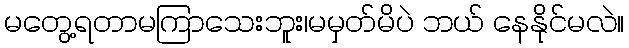
မတွေ့ရတာမကြာသေးဘူး၊မမှတ်မိပဲ ဘယ် နေနိုင်မလဲ။